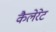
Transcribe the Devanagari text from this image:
कैलेरेट